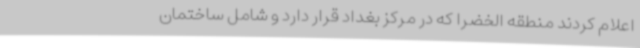
اعلام کردند منطقه الخضرا که در مرکز بغداد قرار دارد و شامل ساختمان